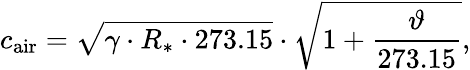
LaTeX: c_{\mathrm{air}}={\sqrt{\gamma\cdot R_{*}\cdot 273.15}}\cdot{\sqrt{1+{\frac{\vartheta}{273.15}}}},